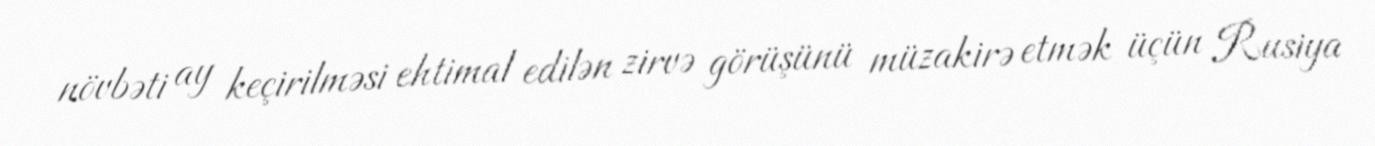
növbəti ay keçirilməsi ehtimal edilən zirvə görüşünü müzakirə etmək üçün Rusiya